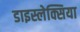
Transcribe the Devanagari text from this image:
डाइस्लेक्सिया